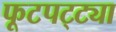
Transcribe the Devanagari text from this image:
फूटपट्ट्या